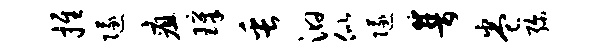
推隧疽璋缶汩似隧普卷弥